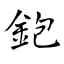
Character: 鉋